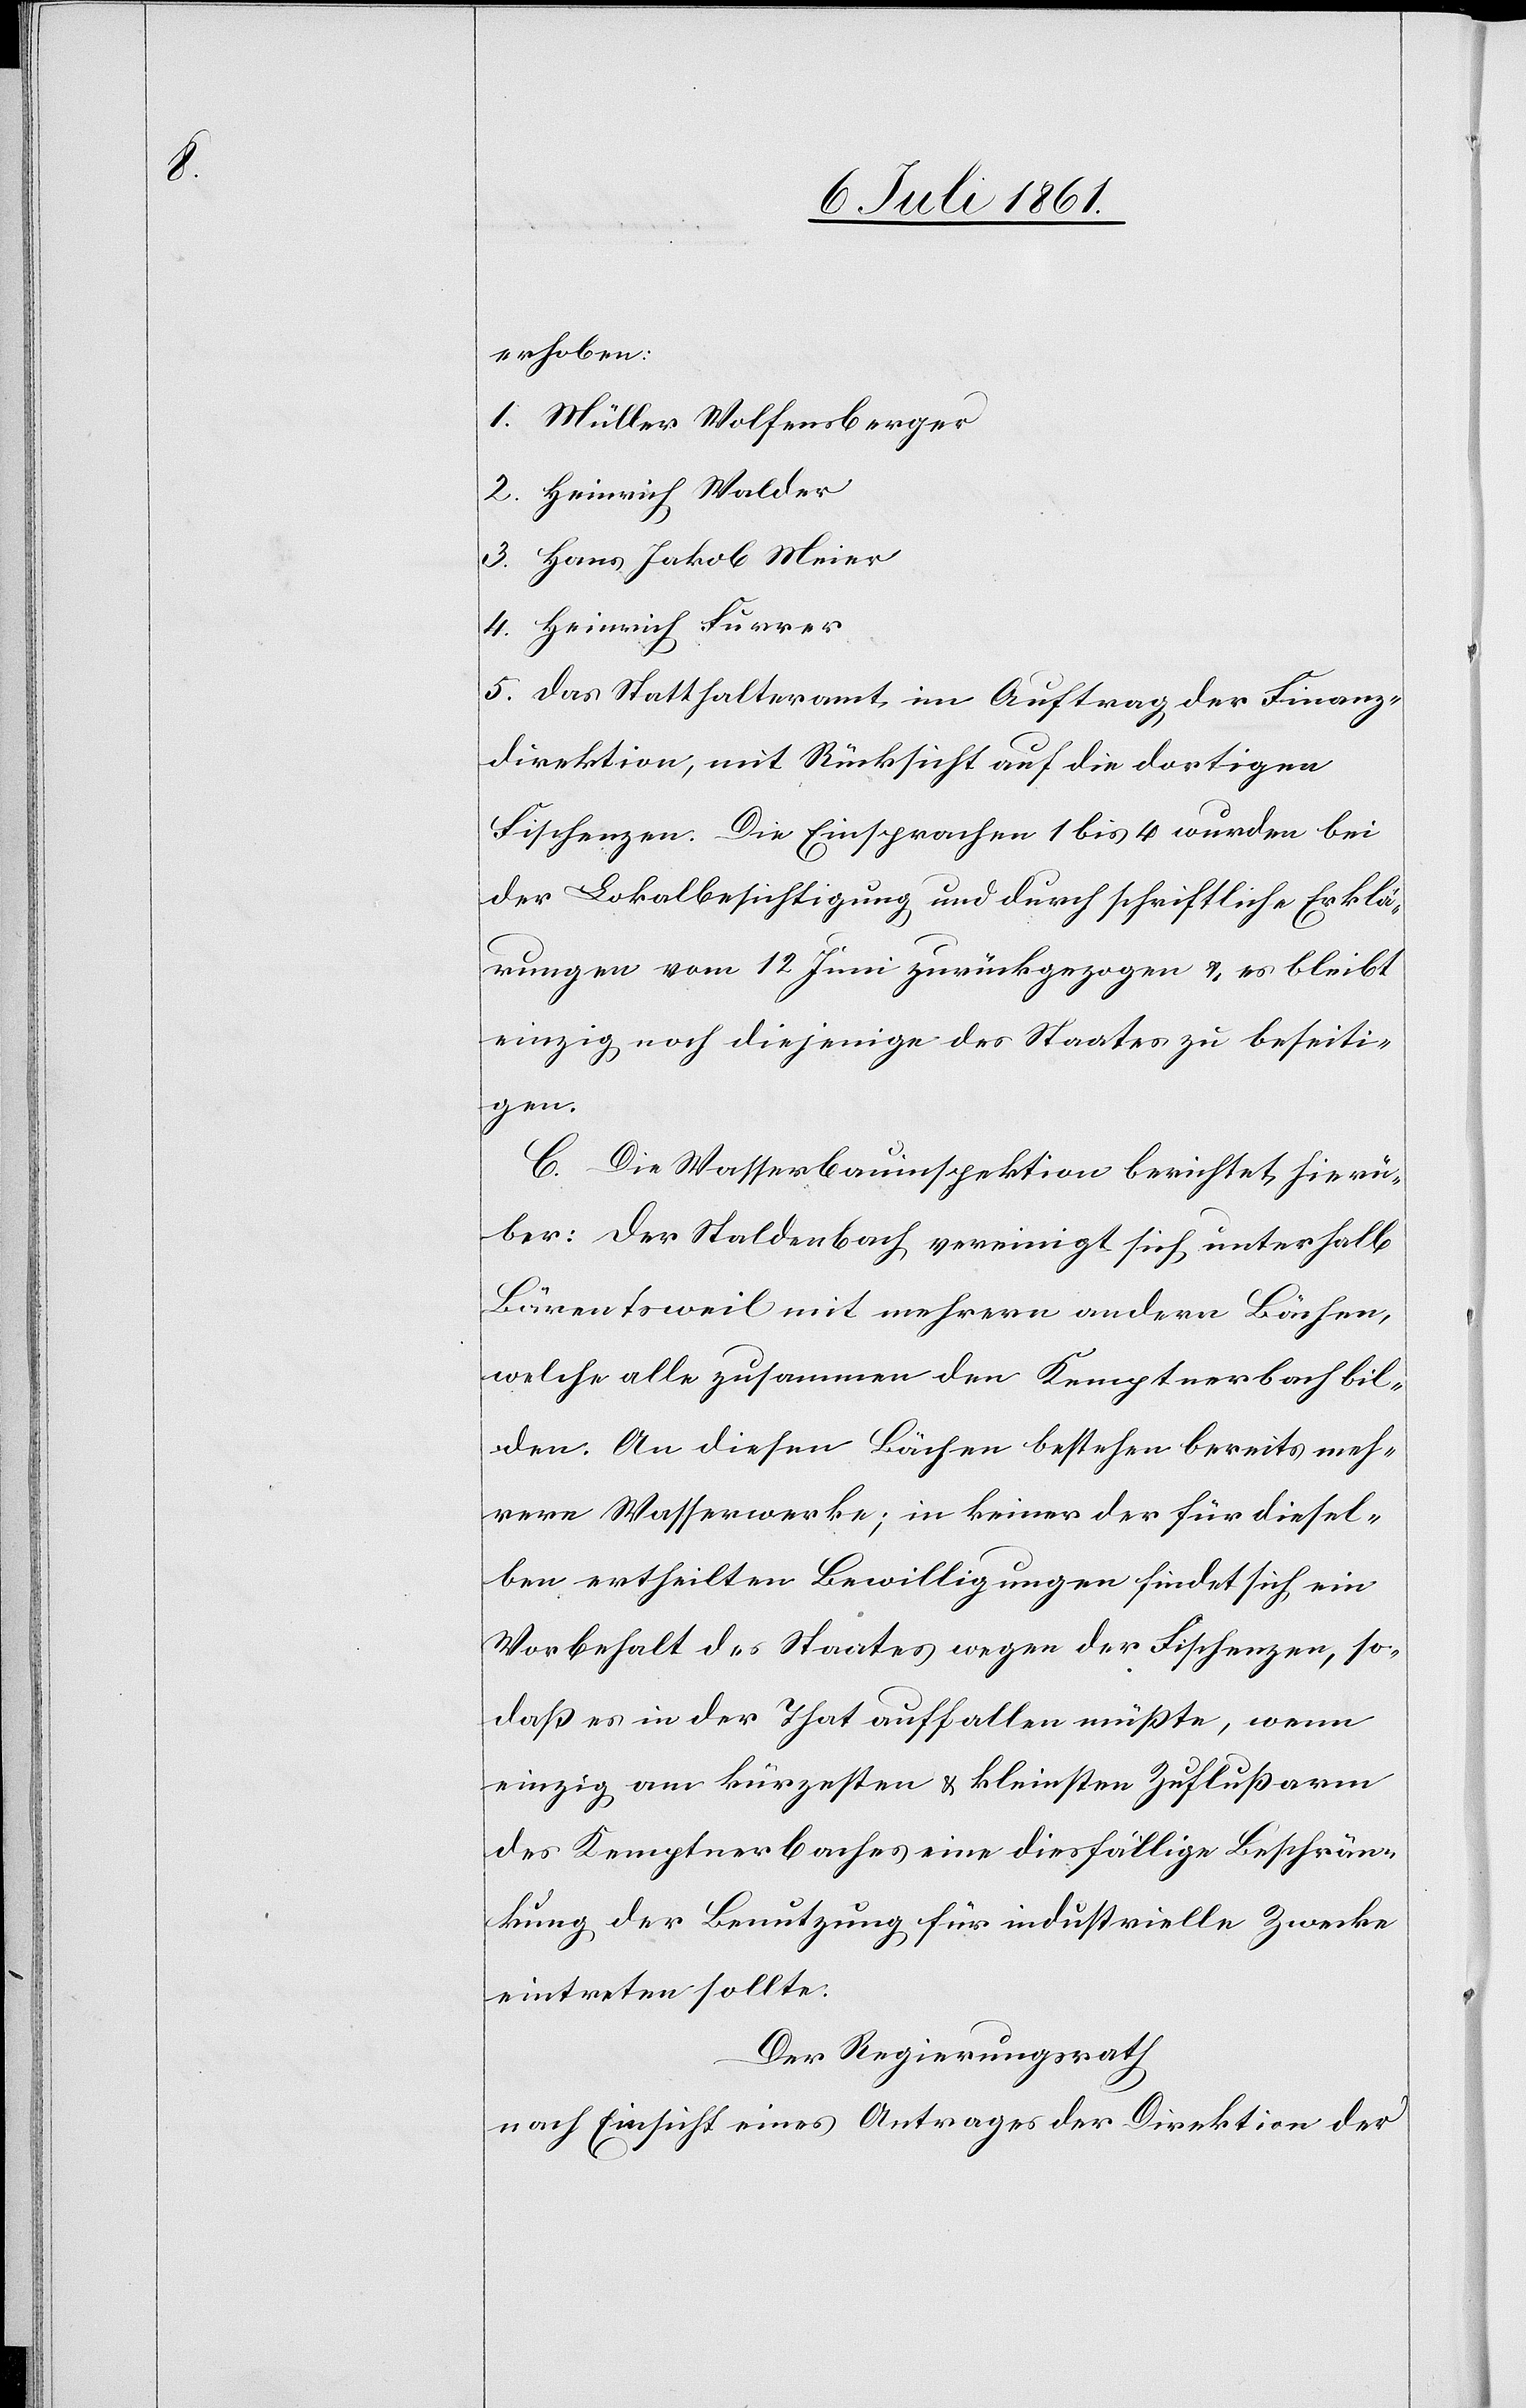
erhoben:
1. Müller Wolfensberger
2. Heinrich Walder
3. Hans Jakob Meier
4. Heinrich Furrer
5. das Statthalteramt im Auftrag der Finanz¬
direktion, mit Rücksicht auf die dortigen
Fischenzen. Die Einsprachen 1 bis 4 wurden bei
der Lokalbesichtigung und durch schriftliche Erklä¬
rungen vom 12 Juni zurückgezogen u. es bleibt
einzig noch diejenige des Staates zu beseiti¬
gen.
C. Die Wasserbauinspektion berichtet, hierü¬
ber: Der Staldenbach vereinigt sich unterhalb
Bärentsweil mit mehreren andern Bächen,
welche alle zusammen den Kemptnerbach bil¬
den. An diesen Bächen bestehen bereits meh¬
rere Wasserwerke; in keiner der für diesel¬
ben ertheilten Bewilligungen findet sich ein
Vorbehalt des Staates wegen der Fischenzen, so
daß es in der That auffallen müßte, wenn
einzig am kürzesten u. kleinsten Zuflußarm
des Kemptnerbaches eine diesfällige Beschrän¬
kung der Benutzung für industrielle Zwecke
eintreten sollte.
Der Regierungsrath
nach Einsicht eines Antrages der Direktion der